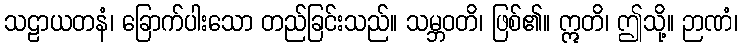
သဠာယတနံ၊ ခြောက်ပါးသော တည်ခြင်းသည်။ သမ္ဘဝတိ၊ ဖြစ်၏။ ဣတိ၊ ဤသို့။ ဉာဏံ၊